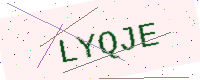
Text: LYQJE